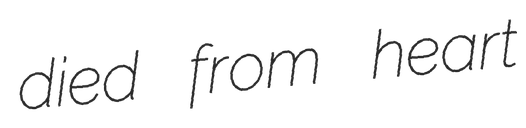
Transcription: died from heart